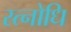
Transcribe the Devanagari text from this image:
रत्नोधि